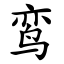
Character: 鸾